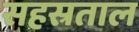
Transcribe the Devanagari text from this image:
सहस्रताल